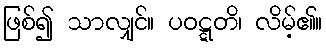
ဖြစ်၍ သာလျှင်။ ပဝဋ္ဋတိ၊ လိမ့်၏။